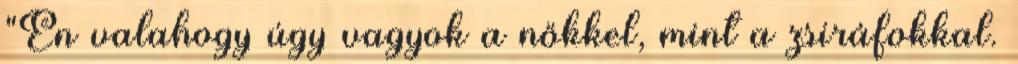
"Én valahogy úgy vagyok a nőkkel, mint a zsiráfokkal.